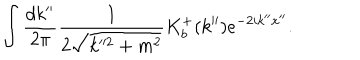
LaTeX: \int \frac { d k ^ { \prime \prime } } { 2 \pi } \frac { 1 } { 2 \sqrt { k ^ { 2 } + m ^ { 2 } } } K _ { b } ^ { + } ( k ^ { \prime \prime } ) e ^ { - 2 i k ^ { \prime \prime } x ^ { \prime \prime } } .